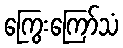
ကြွေးကြော်သံ